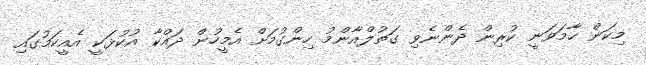
މިކަން ހާމަވަނީ ކުރިން ދެންނެވި ގަތުލްއާންމު ހިންގުމަށް އެމީހުން ދައްކާ އުކުޅަކީ އެއީކަމުގައި